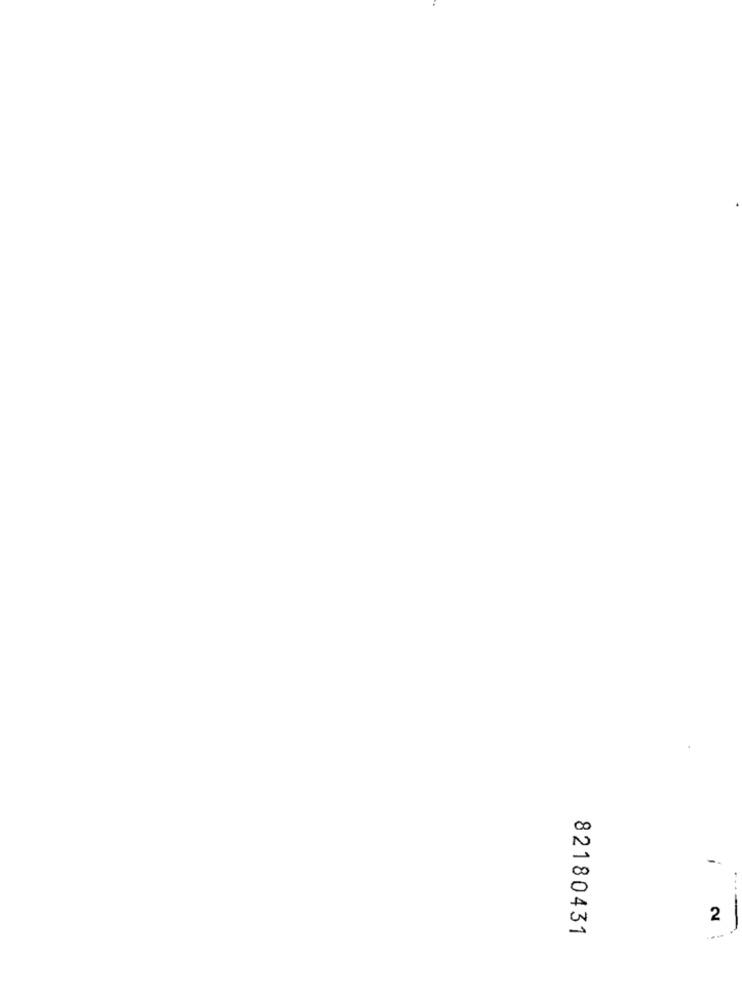
-.
2
82180431